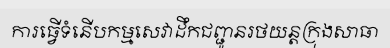
ការធ្វើទំនើបកម្មសេវាដឹកជញ្ជូនរថយន្តក្រុងសាធា